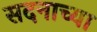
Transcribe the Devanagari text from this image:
सदनाच्या